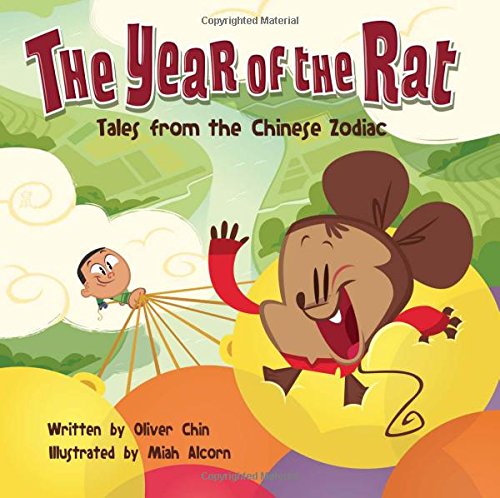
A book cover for The Year of the Rat: Tales from the Chinese Zodiac; Oliver Chin; Children's Books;